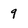
Character: 9